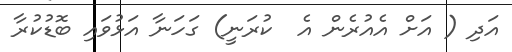
އަދި ( އަށް އެއުރެން އެ  ކުރަނީ) ގަހަނާ އަޅުވައި ބޮޑުކުރާ